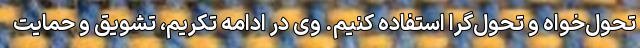
تحول‌خواه و تحول‌گرا استفاده کنیم. وی در ادامه تکریم، تشویق و حمایت